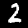
Label: 2